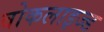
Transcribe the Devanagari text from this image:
वोकलाइज्ड